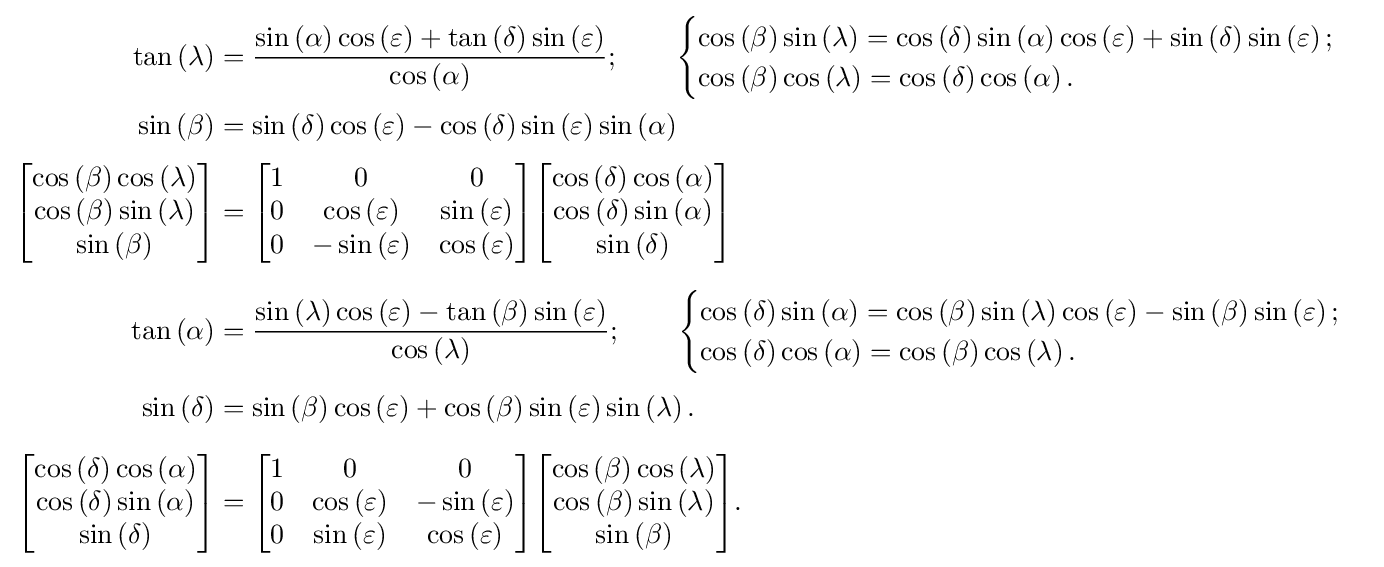
{\begin{aligned}\tan \left(\lambda \right)&={\sin \left(\alpha \right)\cos \left(\varepsilon \right)+\tan \left(\delta \right)\sin \left(\varepsilon \right) \over \cos \left(\alpha \right)};\qquad {\begin{cases}\cos \left(\beta \right)\sin \left(\lambda \right)=\cos \left(\delta \right)\sin \left(\alpha \right)\cos \left(\varepsilon \right)+\sin \left(\delta \right)\sin \left(\varepsilon \right);\\\cos \left(\beta \right)\cos \left(\lambda \right)=\cos \left(\delta \right)\cos \left(\alpha \right).\end{cases}}\\\sin \left(\beta \right)&=\sin \left(\delta \right)\cos \left(\varepsilon \right)-\cos \left(\delta \right)\sin \left(\varepsilon \right)\sin \left(\alpha \right)\\[3pt]{\begin{bmatrix}\cos \left(\beta \right)\cos \left(\lambda \right)\\\cos \left(\beta \right)\sin \left(\lambda \right)\\\sin \left(\beta \right)\end{bmatrix}}&={\begin{bmatrix}1&0&0\\0&\cos \left(\varepsilon \right)&\sin \left(\varepsilon \right)\\0&-\sin \left(\varepsilon \right)&\cos \left(\varepsilon \right)\end{bmatrix}}{\begin{bmatrix}\cos \left(\delta \right)\cos \left(\alpha \right)\\\cos \left(\delta \right)\sin \left(\alpha \right)\\\sin \left(\delta \right)\end{bmatrix}}\\[6pt]\tan \left(\alpha \right)&={\sin \left(\lambda \right)\cos \left(\varepsilon \right)-\tan \left(\beta \right)\sin \left(\varepsilon \right) \over \cos \left(\lambda \right)};\qquad {\begin{cases}\cos \left(\delta \right)\sin \left(\alpha \right)=\cos \left(\beta \right)\sin \left(\lambda \right)\cos \left(\varepsilon \right)-\sin \left(\beta \right)\sin \left(\varepsilon \right);\\\cos \left(\delta \right)\cos \left(\alpha \right)=\cos \left(\beta \right)\cos \left(\lambda \right).\end{cases}}\\[3pt]\sin \left(\delta \right)&=\sin \left(\beta \right)\cos \left(\varepsilon \right)+\cos \left(\beta \right)\sin \left(\varepsilon \right)\sin \left(\lambda \right).\\[6pt]{\begin{bmatrix}\cos \left(\delta \right)\cos \left(\alpha \right)\\\cos \left(\delta \right)\sin \left(\alpha \right)\\\sin \left(\delta \right)\end{bmatrix}}&={\begin{bmatrix}1&0&0\\0&\cos \left(\varepsilon \right)&-\sin \left(\varepsilon \right)\\0&\sin \left(\varepsilon \right)&\cos \left(\varepsilon \right)\end{bmatrix}}{\begin{bmatrix}\cos \left(\beta \right)\cos \left(\lambda \right)\\\cos \left(\beta \right)\sin \left(\lambda \right)\\\sin \left(\beta \right)\end{bmatrix}}.\end{aligned}}